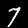
Digit: 7